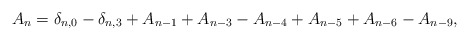
\begin{align*}A_n=\delta_{n,0}-\delta_{n,3}+A_{n-1}+A_{n-3}-A_{n-4}+A_{n-5}+A_{n-6}-A_{n-9},\end{align*}